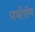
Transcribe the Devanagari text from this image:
पर्यतीय